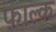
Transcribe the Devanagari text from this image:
फ़ाल्क